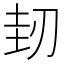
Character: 𠜤